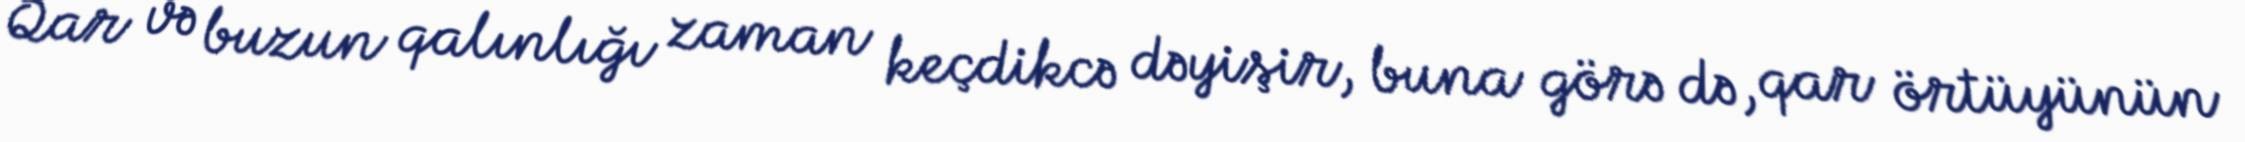
Qar və buzun qalınlığı zaman keçdikcə dəyişir, buna görə də, qar örtüyünün